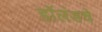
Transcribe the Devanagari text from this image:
हॉलंडचे